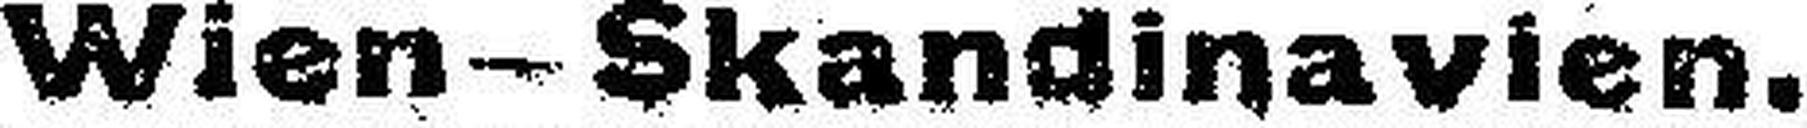
Wien-Skandinavien.